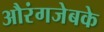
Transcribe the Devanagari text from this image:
औरंगजेबके